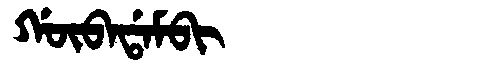
Manchu: ᡤᡡᠪᠠᡩᠠᠮᠪᡳ
Romanization: GŪBADAMBI